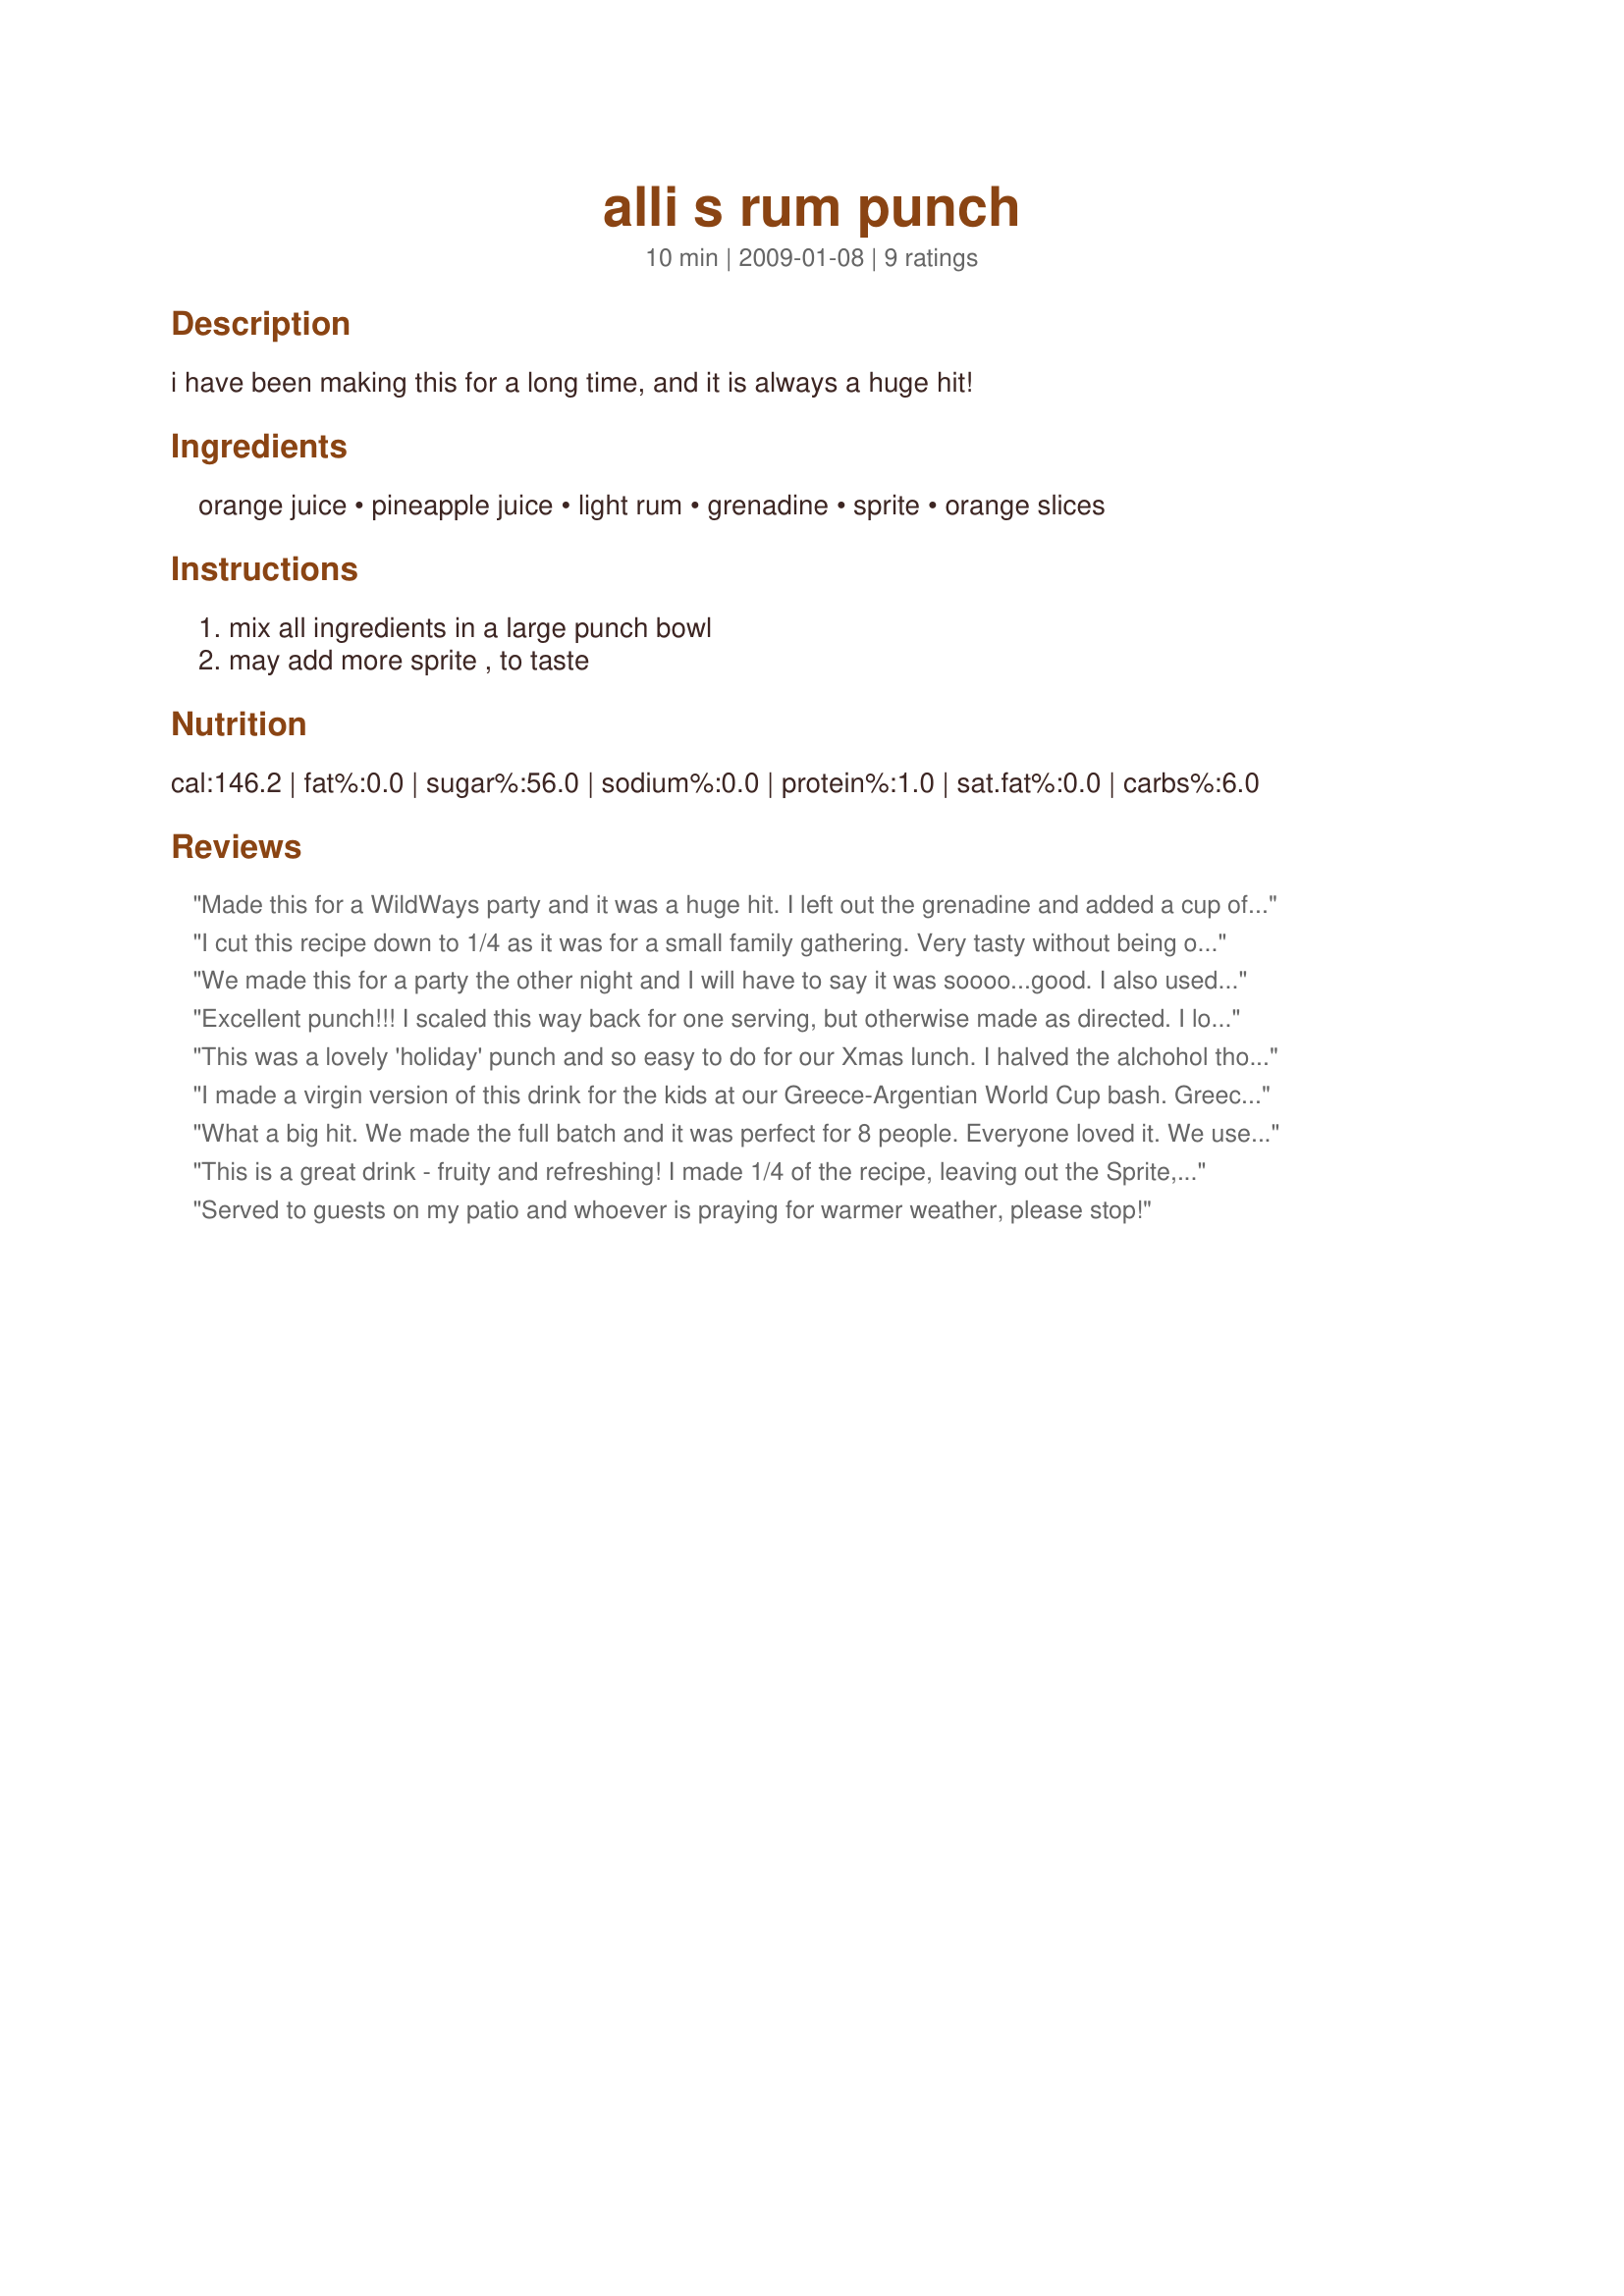
alli s rum punch
Preparation time: 10 minutes

i have been making this for a long time, and it is always a huge hit!

Ingredients:
orange juice, pineapple juice, light rum, grenadine, sprite, orange slices

Steps:
mix all ingredients in a large punch bowl, may add more sprite , to taste

Reviews:
Made this for a WildWays party and it was a huge hit. I left out the grenadine and added a cup of orange juice instead and garnished with slices of lemons limes and cranberries. It was very nice. I also only used half the amount of rum. Two batches served 15! LOL
Thanks so much for posting!
I cut this recipe down to 1/4 as it was for a small family gathering. Very tasty without being overly sweet or strong with alcohol. Just the right balance and was enjoyed by all! I will be hanging on to this recipe for future gatherings and functions! Thank you, Alli!
We made this for a party the other night and I will have to say it was soooo...good. I also used Sprite Zero in mine and it turned out really well. Everyone who tried it really enjoyed it. I will be using this recipe again FREQUENTLY. Congratulations on your Superbowl Football Pool win!!
Excellent punch!!! I scaled this way back for one serving, but otherwise made as directed. I loved the combination of the fruit flavors and that it wasn't so sweet(I used Sprite Zero), could have drank several glasses of this punch!!! Thanks for sharing the recipe. Made for your win in the Super Bowl Pool!!! Congrats!!!
This was a lovely 'holiday' punch and so easy to do for our Xmas lunch. I halved the alchohol though !!
I made a virgin version of this drink for the kids at our Greece-Argentian World Cup bash. Greece lost but this drink won the kids over - the non-alcoholic version that is. To be fair to alli, I poured myself a glass and added a healthy shot of rum just to drink it Mary Poppings would - excellent! Thanks.
What a big hit. We made the full batch and it was perfect for 8 people. Everyone loved it. We used Bacardi light rum and a cup less pineapple.
This is a great drink - fruity and refreshing! I made 1/4 of the recipe, leaving out the Sprite, and kept it in a pitcher in the refrigerator. To serve I just poured it in a glass with some ice and added some diet Sprite. How easy can you get - thanks for sharing this great recipe!
Served to guests on my patio and whoever is praying for warmer weather, please stop!
